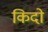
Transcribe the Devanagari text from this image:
किदो